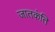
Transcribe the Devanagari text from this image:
जातकंति